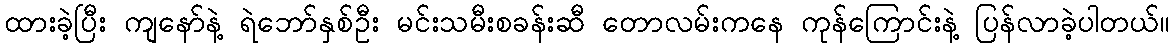
ထားခဲ့ပြီး ကျနော်နဲ့ ရဲဘော်နှစ်ဦး မင်းသမီးစခန်းဆီ တောလမ်းကနေ ကုန်ကြောင်းနဲ့ ပြန်လာခဲ့ပါတယ်။